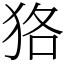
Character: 狢